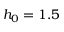
h _ { 0 } = 1 . 5